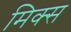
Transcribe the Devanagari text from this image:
मिक्‍स